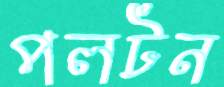
পলটন